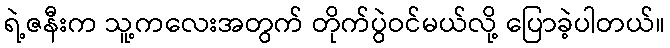
ရဲ့ဇနီးက သူ့ကလေးအတွက် တိုက်ပွဲဝင်မယ်လို့ ပြောခဲ့ပါတယ်။